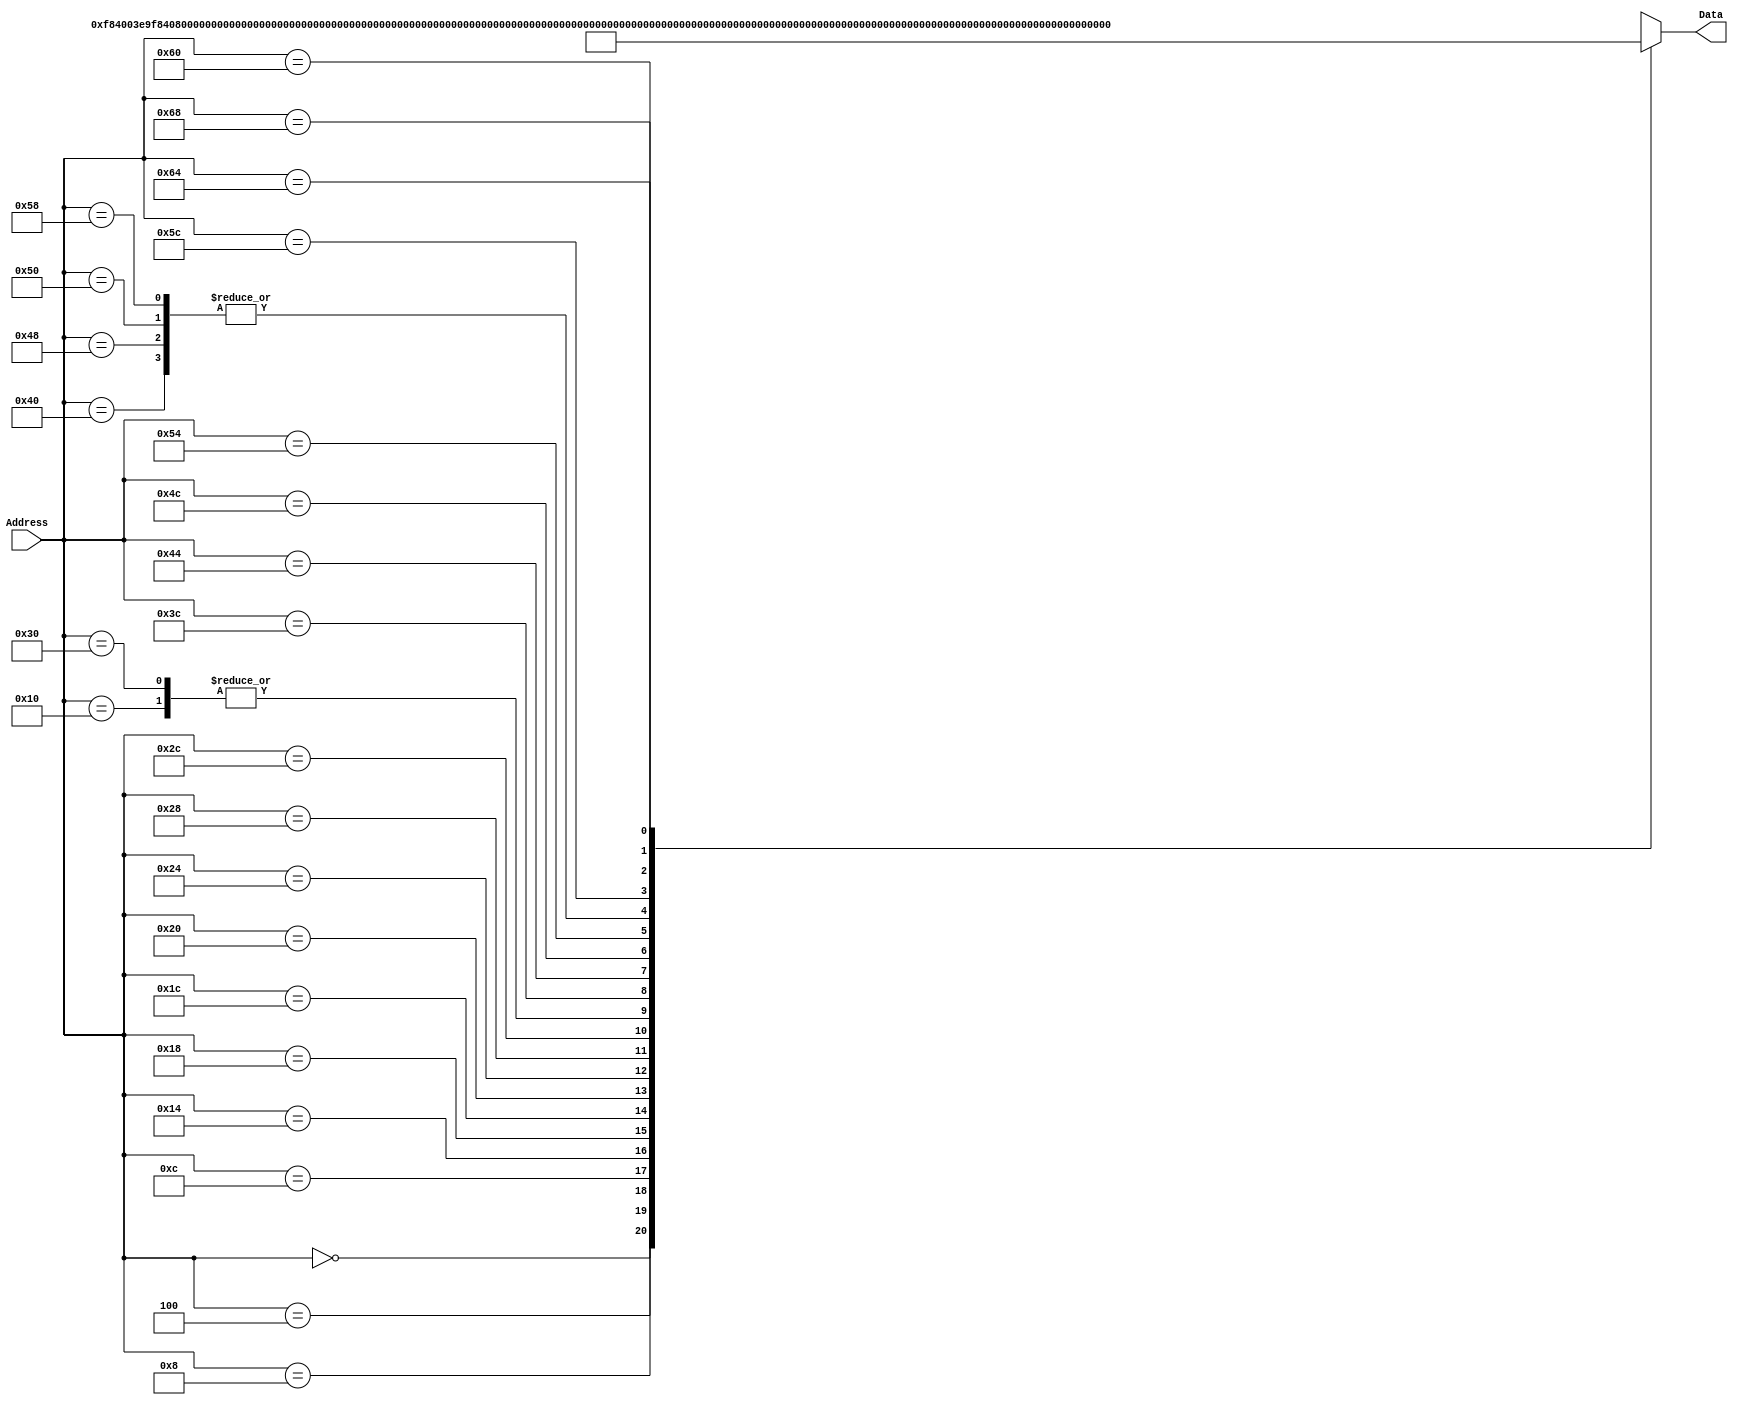
`timescale 1ns / 1ps
/*
 * Module: InstructionMemory
 *
 * Implements read-only instruction memory
 * 
 */
module InstructionMemory(Data, Address);
   parameter T_rd = 20;
   parameter MemSize = 40;
   
   output [31:0] Data;
   input [63:0]  Address;
   reg [31:0] 	 Data;
   
   always @ (Address) begin
      case(Address)

	/* Test Program 1:
	 * Program loads constants from the data memory. Uses these constants to test
	 * the following instructions: LDUR, ORR, AND, CBZ, ADD, SUB, STUR and B.
	 * 
	 * Assembly code for test:
	 * 
	 * 0: LDUR X9, [XZR, 0x0]    //Load 1 into x9
	 * 4: LDUR X10, [XZR, 0x8]   //Load a into x10
	 * 8: LDUR X11, [XZR, 0x10]  //Load 5 into x11
	 * C: LDUR X12, [XZR, 0x18]  //Load big constant into x12
	 * 10: LDUR X13, [XZR, 0x20]  //load a 0 into X13
	 * 
	 * 14: ORR X10, X10, X11  //Create mask of 0xf
	 * 18: AND X12, X12, X10  //Mask off low order bits of big constant
	 * 
	 * loop:
	 * 1C: CBZ X12, end  //while X12 is not 0
	 * 20: ADD X13, X13, X9  //Increment counter in X13
	 * 24: SUB X12, X12, X9  //Decrement remainder of big constant in X12
	 * 28: B loop  //Repeat till X12 is 0
	 * 2C: STUR X13, [XZR, 0x20]  //store back the counter value into the memory location 0x20
	 */
	

	63'h000: Data = 32'hF84003E9;
	63'h004: Data = 32'hF84083EA;
	63'h008: Data = 32'hF84103EB;
	63'h00c: Data = 32'hF84183EC;
	63'h010: Data = 32'hF84203ED;
	63'h014: Data = 32'hAA0B014A;
	63'h018: Data = 32'h8A0A018C;
	63'h01c: Data = 32'hB400008C;
	63'h020: Data = 32'h8B0901AD;
	63'h024: Data = 32'hCB09018C;
	63'h028: Data = 32'h17FFFFFD;
	63'h02c: Data = 32'hF80203ED;
	63'h030: Data = 32'hF84203ED;  //One last load to place stored value on memdbus for test checking.

	
	/* ORRI and LSL test
	 * 3C: ORR X9, XZR, 0x123
	 * 40: LSL X9, X9, 0xC
	 * 44: ORR X9, X9, 0x456
	 * 48: LSL X9, X9, 0xC
	 * 4C: ORR X9, X9, 0x789
	 * 50: LSL X9, X9, 0xC
	 * 54: ORR X9, X9, 0xABC
	 * 58: LSL X9, X9, 0xC
	 * 5C: ORR X9, X9, 0xDEF
	 * 60: LSL X9, X9, 0x4
	 * 64: STUR X9, [XZR, 0x28]
	 * 68: LDUR X10, [XZR, 0x28] 
	 */
	63'h03C: Data = 32'hB2048FE9;
	63'h040: Data = 32'hD3603129;
	63'h044: Data = 32'hB2115929;
	63'h048: Data = 32'hD3603129;
	63'h04C: Data = 32'hB21E2529;
	63'h050: Data = 32'hD3603129;
	63'h054: Data = 32'hB22AF129;
	63'h058: Data = 32'hD3603129;
	63'h05C: Data = 32'hB237BD29;
	63'h060: Data = 32'hD3601129;
	63'h064: Data = 32'hF80283E9;
	63'h068: Data = 32'hF84283EA;
	
			
	default: Data = 32'hXXXXXXXX;
      endcase
   end
endmodule